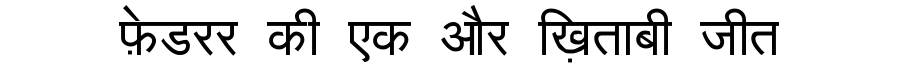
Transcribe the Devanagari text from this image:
फ़ेडरर की एक और ख़िताबी जीत